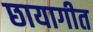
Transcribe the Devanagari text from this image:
छायागीत